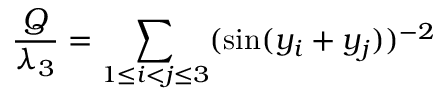
\frac { Q } { \lambda _ { 3 } } = \sum _ { 1 \le i < j \le 3 } ( \sin ( y _ { i } + y _ { j } ) ) ^ { - 2 }